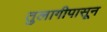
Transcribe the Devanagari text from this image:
तुलागीपासून